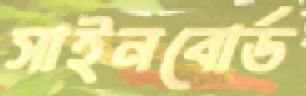
সাইনবোর্ড